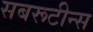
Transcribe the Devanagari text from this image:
सबरूटीन्स